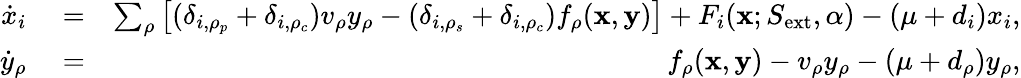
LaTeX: \begin{array}{rlr}{\dot{x}_{i}}&{{}=}&{\sum_{\rho}\left[(\delta_{i,\rho_{p}}+\delta_{i,\rho_{c}})v_{\rho}y_{\rho}-(\delta_{i,\rho_{s}}+\delta_{i,\rho_{c}})f_{\rho}({\mathbf x},{\mathbf y})\right]+F_{i}(\textbf{x};S_{\mathrm{ext}},\alpha)-(\mu+d_{i})x_{i},}\\ {\dot{y}_{\rho}}&{{}=}&{f_{\rho}({\mathbf x},{\mathbf y})-v_{\rho}y_{\rho}-(\mu+d_{\rho})y_{\rho},}\end{array}